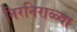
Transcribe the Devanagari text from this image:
निरनिराळ्या